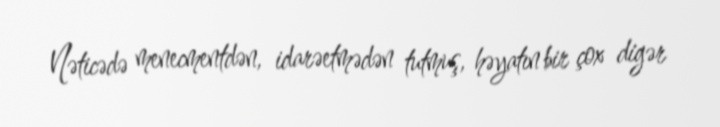
Nəticədə menecmentdən, idarəetmədən tutmuş, həyatın bir çox digər